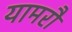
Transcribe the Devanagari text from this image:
यामरौ